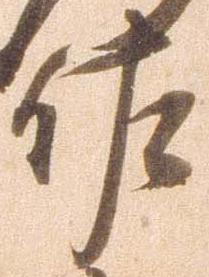
佐